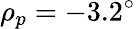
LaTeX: \rho_{p}=-3.2^{\circ}